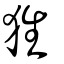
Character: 狌